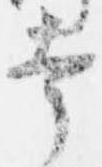
幸